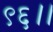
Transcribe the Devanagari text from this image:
९६।।